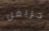
جريفن